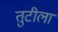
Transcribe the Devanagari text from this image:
तुटीला